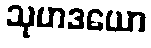
သုဟဒယော